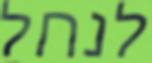
לנחל